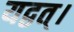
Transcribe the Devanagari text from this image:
यद्वत्।